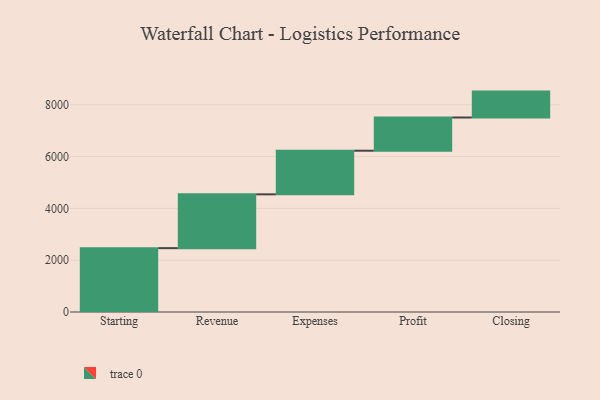
{"axis": {"x": "Step", "y": "Value"}, "legend": [""], "data": [{"x": "Starting", "y": 2465.0, "type": ""}, {"x": "Revenue", "y": 2078.0, "type": ""}, {"x": "Expenses", "y": 1684.0, "type": ""}, {"x": "Profit", "y": 1282.0, "type": ""}, {"x": "Closing", "y": 1000, "type": ""}]}